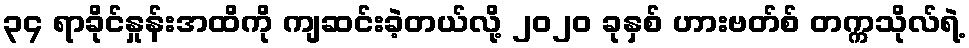
၃၄ ရာခိုင်နှုန်းအထိကို ကျဆင်းခဲ့တယ်လို့ ၂၀၂၀ ခုနှစ် ဟားဗတ်စ် တက္ကသိုလ်ရဲ့